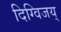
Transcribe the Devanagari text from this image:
दिग्विजय्